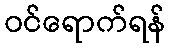
ဝင်ရောက်ရန်